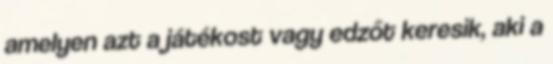
amelyen azt a játékost vagy edzőt keresik, aki a